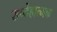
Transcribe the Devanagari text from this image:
सन्देहात्मक